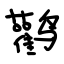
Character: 鹳